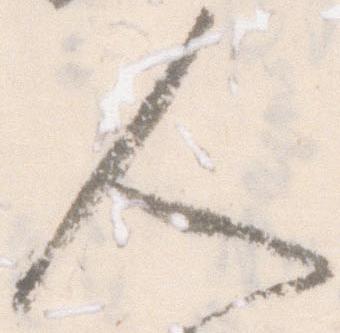
人